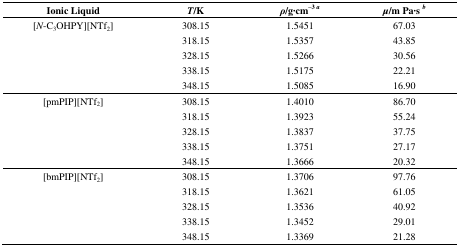
<table><thead><tr><td><b>Ionic Liquid</b></td><td><b><i>T</i>/K</b></td><td><b><i>ρ</i>/g·cm<sup>−3</sup>a</b></td><td><b><i>μ</i>/m Pa·s b</b></td></tr></thead><tbody><tr><td rowspan="5">[<i>N</i>-C<sub>3</sub>OHPY][NTf<sub>2</sub>]</td><td>308.15</td><td>1.5451</td><td>67.03</td></tr><tr><td>318.15</td><td>1.5357</td><td>43.85</td></tr><tr><td>328.15</td><td>1.5266</td><td>30.56</td></tr><tr><td>338.15</td><td>1.5175</td><td>22.21</td></tr><tr><td>348.15</td><td>1.5085</td><td>16.90</td></tr><tr><td rowspan="5">[pmPIP][NTf<sub>2</sub>]</td><td>308.15</td><td>1.4010</td><td>86.70</td></tr><tr><td>318.15</td><td>1.3923</td><td>55.24</td></tr><tr><td>328.15</td><td>1.3837</td><td>37.75</td></tr><tr><td>338.15</td><td>1.3751</td><td>27.17</td></tr><tr><td>348.15</td><td>1.3666</td><td>20.32</td></tr><tr><td rowspan="5">[bmPIP][NTf<sub>2</sub>]</td><td>308.15</td><td>1.3706</td><td>97.76</td></tr><tr><td>318.15</td><td>1.3621</td><td>61.05</td></tr><tr><td>328.15</td><td>1.3536</td><td>40.92</td></tr><tr><td>338.15</td><td>1.3452</td><td>29.01</td></tr><tr><td>348.15</td><td>1.3369</td><td>21.28</td></tr></tbody></table>